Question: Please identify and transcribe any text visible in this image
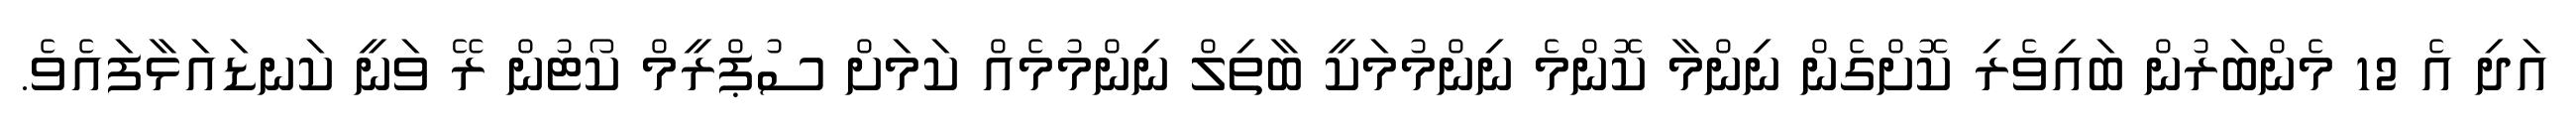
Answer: އަދި އެ 12 މެންބަރުން ބައިވެރި ކޮށްގެން ނިންމާ ކޮންމެ ނިންމުމަކީ ބާތިލް ނިންމުމެއް ކަމަށް ސުޕްރީމް ކޯޓުން ރޭ ވަނީ ކަނޑައަޅާފައެވެ.